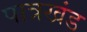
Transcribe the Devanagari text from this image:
पात्रखंड